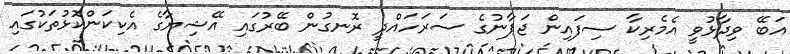
އަބޭ ވިދާޅުވީ އެމެރިކާ ސިފައިން ޖަޕާނުގެ ސަރަހައްދީ ރޮނގުން ބޭރުގައި އޭޝިޔާގެ އެކިކަންކޮޅުތަކުގައި